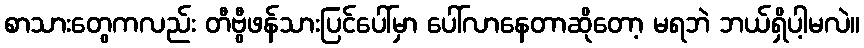
စာသားတွေကလည်း တီဗွီဖန်သားပြင်ပေါ်မှာ ပေါ်လာနေတာဆိုတော့ မရဘဲ ဘယ်ရှိပါ့မလဲ။